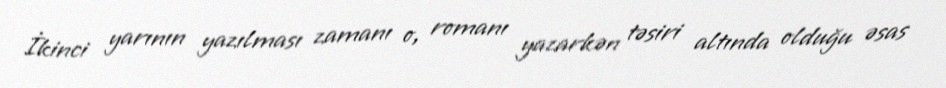
İkinci yarının yazılması zamanı o, romanı yazarkən təsiri altında olduğu əsas